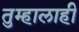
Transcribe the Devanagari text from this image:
तुम्हालाही